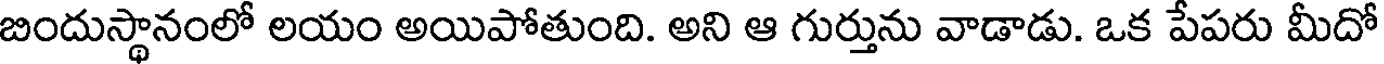
బిందుస్థానంలో లయం అయిపోతుంది. అని ఆ గుర్తును వాడాడు. ఒక పేపరు మీదో